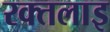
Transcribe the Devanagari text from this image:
रक्तलाइ